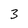
Character: 3